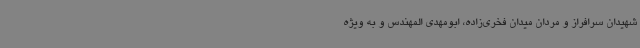
شهیدان سرافراز و مردان میدان فخری‌زاده، ابومهدی المهندس و به ویژه